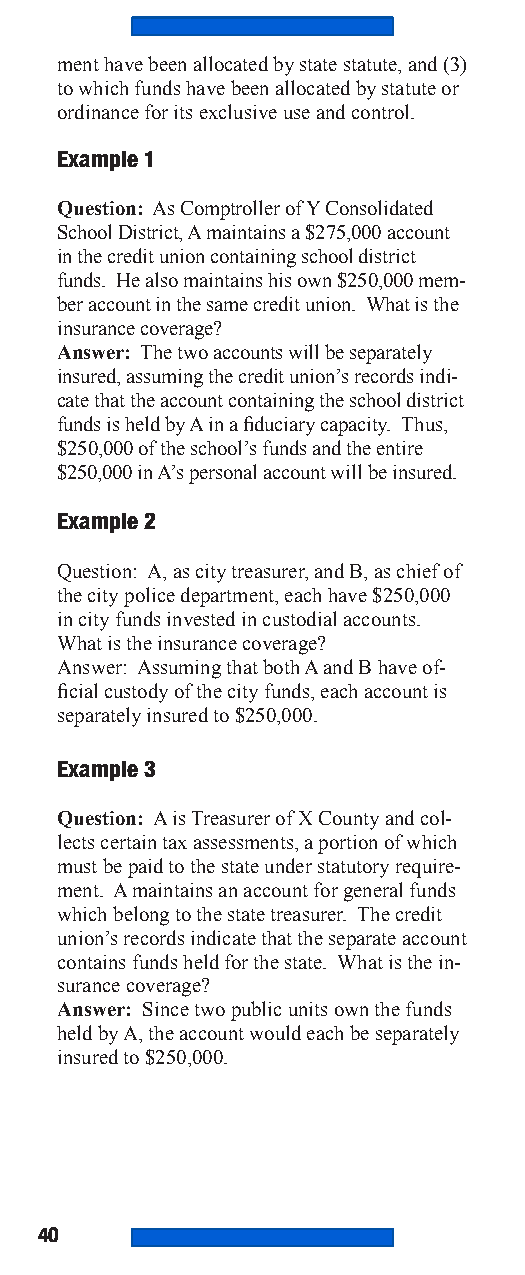
ment have been allocated by state statute, and (3)
 to which funds have been allocated by statute or
 ordinance for its exclusive use and control.
 Example 1
 Question: As Comptroller of Y Consolidated
 School District, A maintains a $275,000 account
 in the credit union containing school district
 funds. He also maintains his own $250,000 mem-
 ber account in the same credit union. What is the
 insurance coverage?
 Answer: The two accounts will be separately
 insured, assuming the credit union’s records indi-
 cate that the account containing the school district
 funds is held by A in a fiduciary capacity. Thus,
 $250,000 of the school’s funds and the entire
 $250,000 in A’s personal account will be insured.
 Example 2
 Question: A, as city treasurer, and B, as chief of
 the city police department, each have $250,000
 in city funds invested in custodial accounts.
 What is the insurance coverage?
 Answer: Assuming that both A and B have of-
 ficial custody of the city funds, each account is
 separately insured to $250,000.
 Example 3
 Question: A is Treasurer of X County and col-
 lects certain tax assessments, a portion of which
 must be paid to the state under statutory require-
 ment. A maintains an account for general funds
 which belong to the state treasurer. The credit
 union’s records indicate that the separate account
 contains funds held for the state. What is the in-
 surance coverage?
 Answer: Since two public units own the funds
 held by A, the account would each be separately
 insured to $250,000.
 40